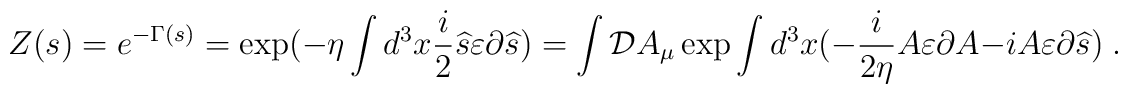
Z(s)=e^{-\Gamma (s)}=\exp (-\eta \int d^3x\frac i2\widehat{s}\varepsilon\partial \widehat{s})=\int {\cal D}A_\mu \exp \int d^3x(-\frac i{2\eta}A\varepsilon \partial A-iA\varepsilon \partial \widehat{s})\;.